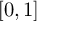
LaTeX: \textstyle [ 0 , 1 ]